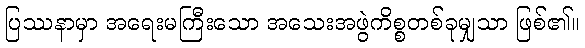
ပြဿနာမှာ အရေးမကြီးသော အသေးအဖွဲကိစ္စတစ်ခုမျှသာ ဖြစ်၏။